Proceedings of the meeting of veterinary officers in India
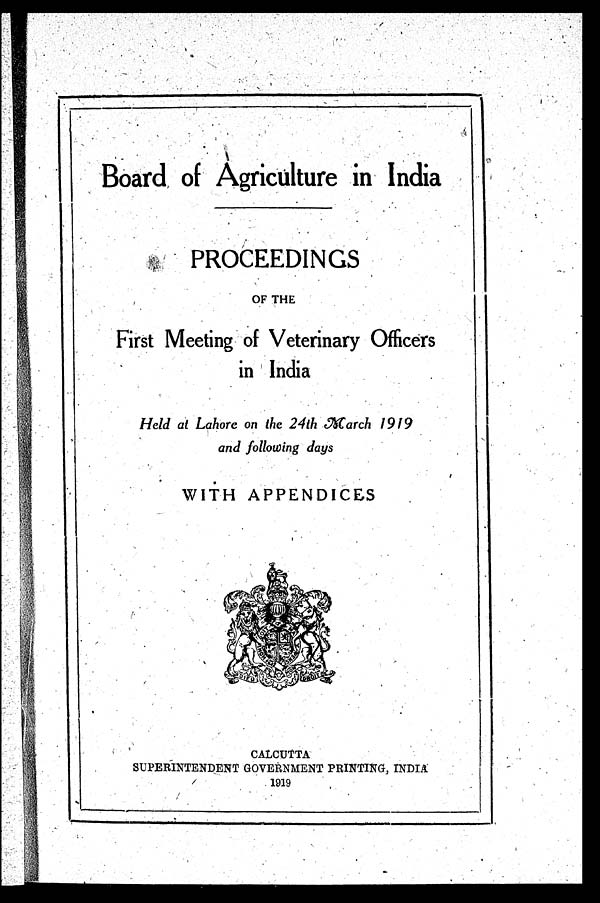
Board of Agriculture in India
PROCEEDINGS
OF THE
First Meeting of Veterinary Officers
in India
Held at Lahore on the 24th March 1919
and following days
WITH APPENDICES
CALCUTTA
SUPERINTENDENT GOVERNMENT PRINTING, INDIA
1919